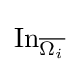
\operatorname {In} _{\overline {\Omega _{i}}}